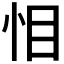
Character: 𭜜